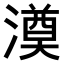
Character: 𣾇